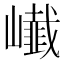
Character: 𭗨